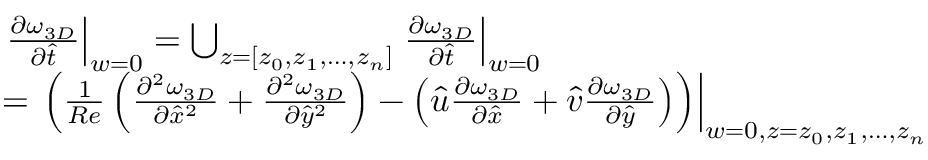
\begin{array} { r l } & { \left. \frac { \partial \omega _ { 3 D } } { \partial \hat { t } } \right| _ { w = 0 } = { \bigcup _ { z = \lbrack z _ { 0 } , z _ { 1 } , \ldots , z _ { n } \rbrack } \left. \frac { \partial \omega _ { 3 D } } { \partial \hat { t } } \right| _ { w = 0 } } } \\ & { = \left. \left( { \frac { 1 } { R e } \left( { \frac { \partial ^ { 2 } \omega _ { 3 D } } { \partial { \hat { x } } ^ { 2 } } + \frac { \partial ^ { 2 } \omega _ { 3 D } } { \partial { \hat { y } } ^ { 2 } } } \right) - \left( { \hat { u } \frac { \partial \omega _ { 3 D } } { \partial \hat { x } } + \hat { v } \frac { \partial \omega _ { 3 D } } { \partial \hat { y } } } \right) } \right) \right| _ { w = 0 , z = z _ { 0 } , z _ { 1 } , \ldots , z _ { n } } } \end{array}